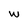
Character: w